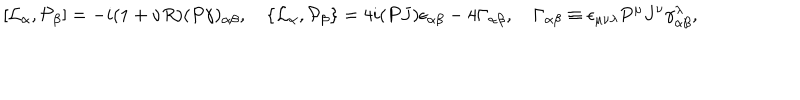
[ { \cal L } _ { \alpha } , { \cal P } _ { \beta } ] = - i ( 1 + \nu R ) ( P \gamma ) _ { \alpha \beta } , \quad \{ { \cal L } _ { \alpha } , { \cal P } _ { \beta } \} = 4 i ( P J ) \epsilon _ { \alpha \beta } - 4 \Gamma _ { \alpha \beta } , \quad \Gamma _ { \alpha \beta } \equiv \epsilon _ { \mu \nu \lambda } P ^ { \mu } J ^ { \nu } \gamma _ { \alpha \beta } ^ { \lambda } ,